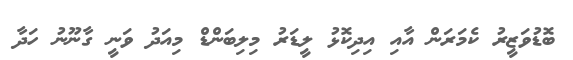
ބޮޑުވަޒީރު ކެމަރަން އާއި އިދިކޮޅު ލީޑަރު މިލިބަންޑް މިއަދު ވަނީ ގާނޫނު ހަދާ